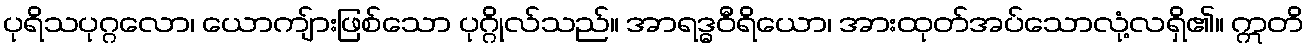
ပုရိသပုဂ္ဂလော၊ ယောကျ်ားဖြစ်သော ပုဂ္ဂိုလ်သည်။ အာရဒ္ဓဝီရိယော၊ အားထုတ်အပ်သောလုံ့လရှိ၏။ ဣတိ